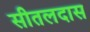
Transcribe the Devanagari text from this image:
सीतलदास